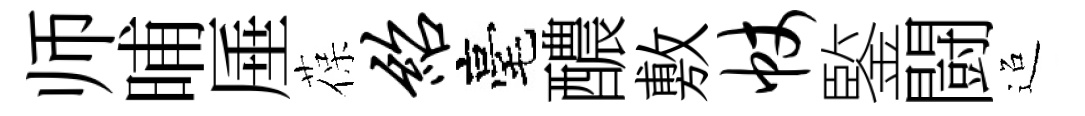
师晡厜葆绍毫醲敷帐鍳闘迢